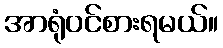
အာရုံဝင်စားရမယ်။